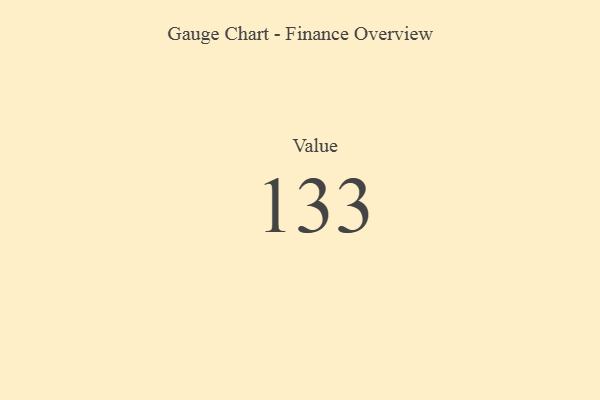
{"axis": {"x": "Metric", "y": "Value"}, "legend": [""], "data": [{"x": "Value", "y": 133, "type": ""}]}